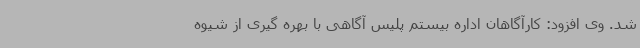
شد. وی افزود: کارآگاهان اداره بیستم پلیس آگاهی با بهره گیری از شیوه